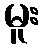
မူး